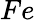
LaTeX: Fe